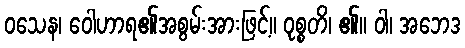
ဝသေန၊ ဝေါဟာရ၏အစွမ်းအားဖြင့်။ ဝုစ္စတိ၊ ၏။ ဝါ၊ အဘေဒ